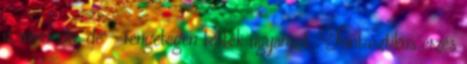
is mindenki, de - rengetegen tették ugyanezt. Fantasztikus érzés